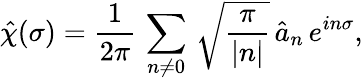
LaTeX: \hat{\chi}(\sigma)=\frac{1}{2\pi}\, \sum_{n\ne 0}\, \sqrt{\frac{\pi}{|n|}}\, \hat{a}_{n}\, e^{in\sigma},